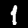
Digit: 1